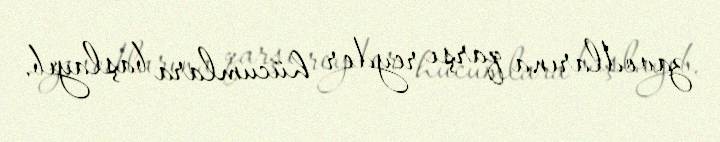
zavodlarına qarşı reyder hücumlara başlayıb.